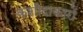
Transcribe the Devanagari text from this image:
कशीदाकारों